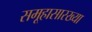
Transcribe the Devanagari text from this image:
समूहासारख्या